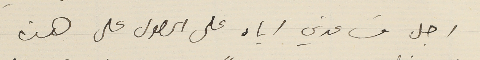
اجل مسَاعدتي اياه على الحصول على هذه